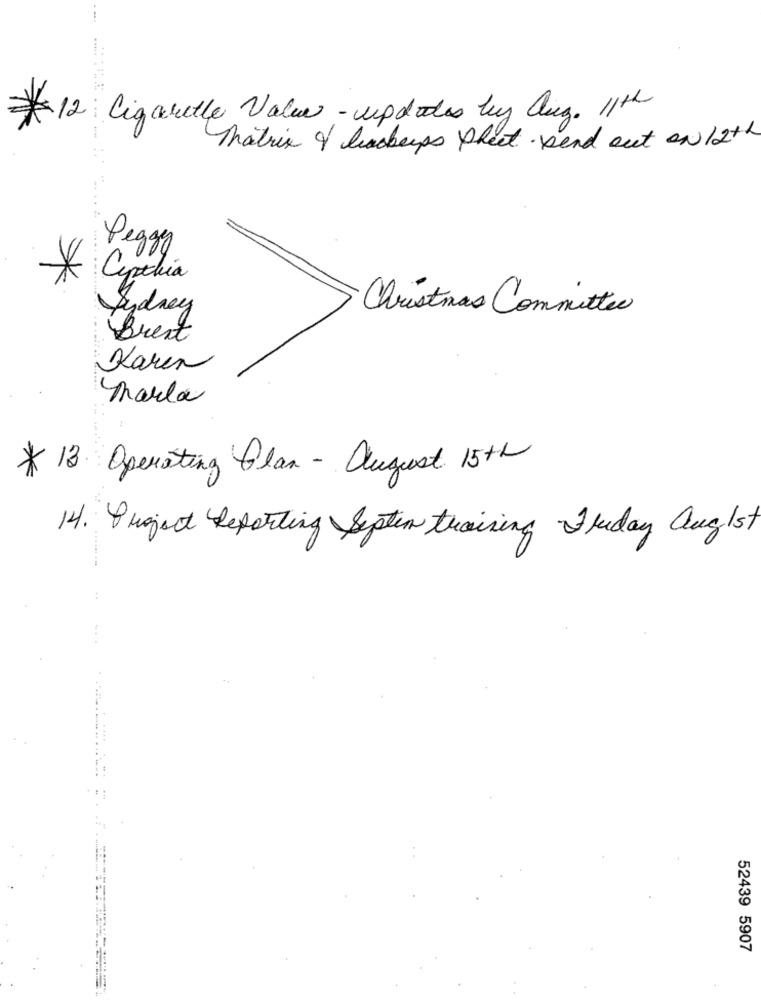
12 Cigarette Value - updates by aug. 11th
Matrix & lackeyps sheet send out on 12th
Peggy
Cynthia
Sydney
Christmas Committee
Brent
Karen
marla
* 13. Operating Plan - august 15th
14. Project Reporting System training Jkiday Anglst
52439 5907